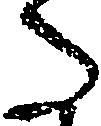
た